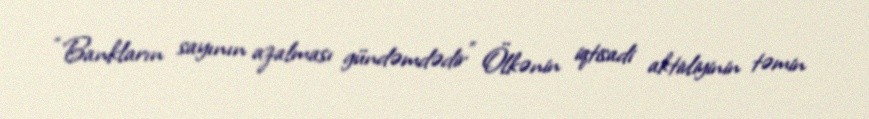
“Bankların sayının azalması gündəmdədir” Ölkənin iqtisadi aktivliyinin təmin